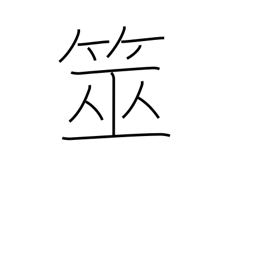
Meaning: (water) divining equipment